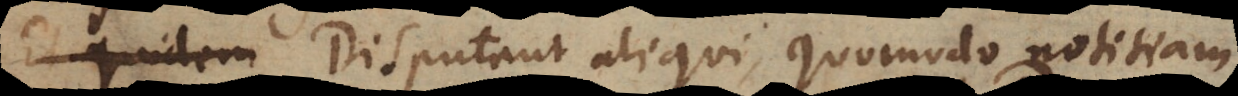
buit. Disputant aliqui, quomodo notitiam